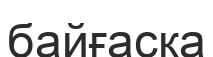
байғасқа